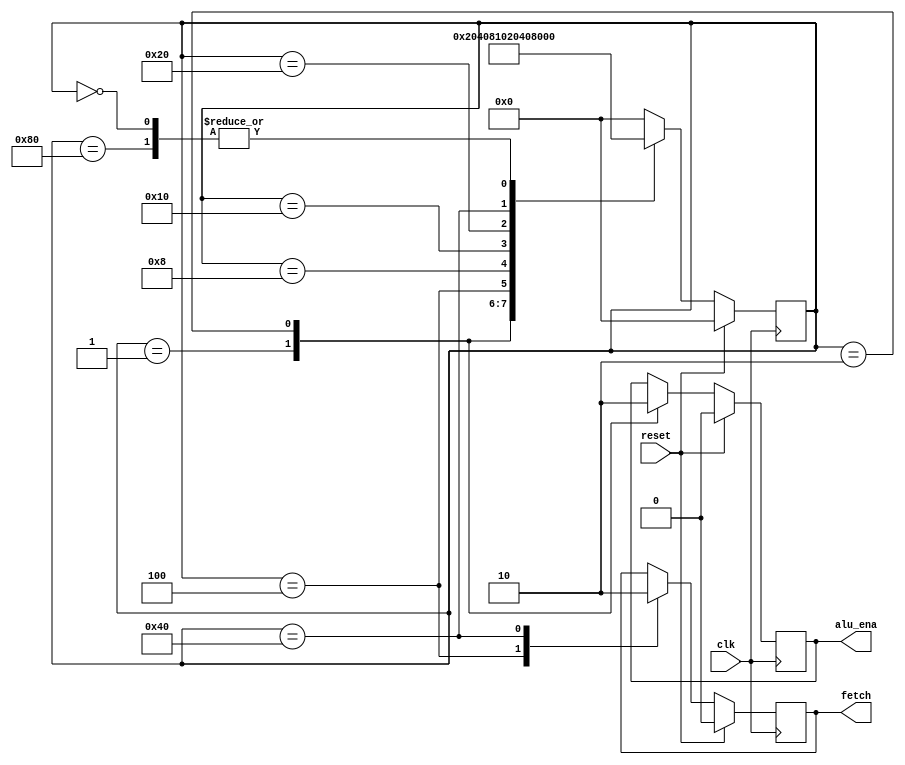
//
`timescale 1ns/1ns
module clk_gen(clk,reset,fetch,alu_ena);
input clk,reset;
output fetch,alu_ena;
wire clk,reset;
reg fetch,alu_ena;
reg [7:0] state;
parameter   S1 = 8'b00000001,
            S2 = 8'b00000010,
            S3 = 8'b00000100,
            S4 = 8'b00001000,
            S5 = 8'b00010000,
            S6 = 8'b00100000,
            S7 = 8'b01000000,
            S8 = 8'b10000000,
          idle = 8'b00000000;
always @(posedge clk)
if (reset)
begin
    fetch<=0;
    alu_ena <=0;
    state <= idle;

end
else 
begin
    case(state)
    S1:
    begin
        alu_ena<=1;
        state<=S2;

    end
    S2:
    begin
        alu_ena<=0;
        state<=S3;

    end
    S3:
    begin
        fetch<=1;
        state<=S4;
    end
    S4:state<=S5;
    S5:state<=S6;
    S6:state<=S7;
    S7:
    begin
        fetch<=0;
        state<=S8;

    end
    S8:state<=S1;
    idle:state<=S1;
    default:state<=idle;
    endcase
    end
endmodule